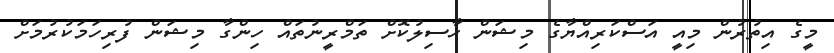
މީގެ އިތުރުން މިއީ އަސްކަރިއްޔާގެ މިޝަން ހާސިލުކޮށް ތަމްރީނުތައް ހިންގާ މިޝަން ފުރިހަމަކުރުމަށް